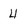
Character: 4